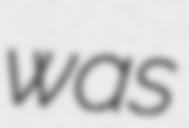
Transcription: was